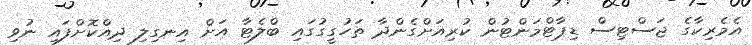
އެމެރިކާގެ ޖަސްޓިސް ޑިޕާޓްމަންޓުން ކުރިއަށްގެންދާ ތަހުގީގުގައި ބްލެޓާ އަށް އިނގިލި ދިއްކޮށްފައި ނުވި